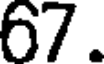
67.